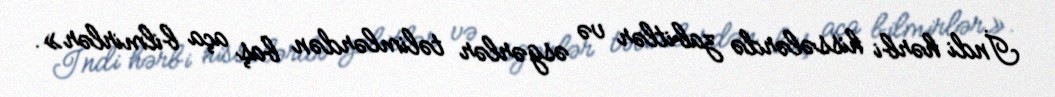
İndi hərbi hissələrdə zabitlər və əsgərlər təlimlərdən baş aça bilmirlər».